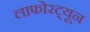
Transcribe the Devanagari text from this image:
लाफोरट्यून